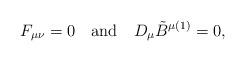
LaTeX: \begin{align*}F_{\mu \nu}=0 \quad \mbox{and} \quad D_{\mu}\tilde{B}^{\mu (1)}=0,\end{align*}